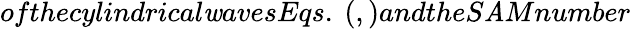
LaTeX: ofthecylindrical\mathit{w}avesEqs.~(,)andtheS\mathit{A}Mnumber